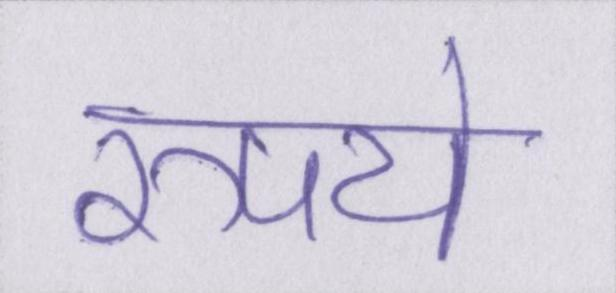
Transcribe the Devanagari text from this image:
रुपये